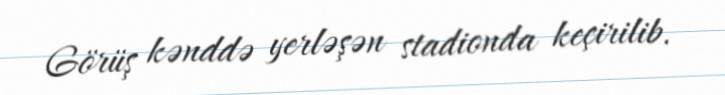
Görüş kənddə yerləşən stadionda keçirilib.